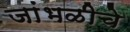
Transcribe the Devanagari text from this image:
जांभळीचे